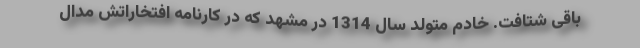
باقی شتافت. خادم متولد سال 1314 در مشهد که در کارنامه افتخاراتش مدال